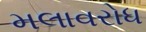
મલાવરોધ